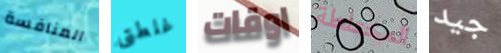
المنافسة غلطتى اوقات المختلطة جيد